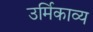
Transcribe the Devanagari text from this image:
उर्मिकाव्य